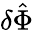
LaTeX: \delta\hat{\Phi}